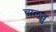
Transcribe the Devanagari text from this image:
चालवु